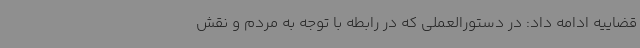
قضاییه ادامه داد: در دستورالعملی که در رابطه با توجه به مردم و نقش